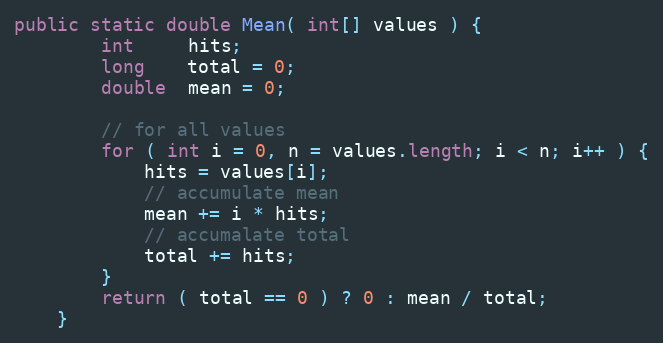
Language: Java
public static double Mean( int[] values ) {
        int     hits;
        long    total = 0;
        double  mean = 0;

        // for all values
        for ( int i = 0, n = values.length; i < n; i++ ) {
            hits = values[i];
            // accumulate mean
            mean += i * hits;
            // accumalate total
            total += hits;
        }
        return ( total == 0 ) ? 0 : mean / total;
    }